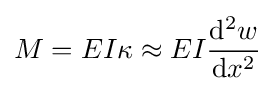
M=EI\kappa \approx EI{\frac {\mathrm {d} ^{2}w}{\mathrm {d} x^{2}}}